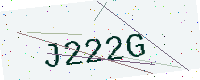
Text: J222G